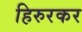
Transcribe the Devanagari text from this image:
हिरुरकर